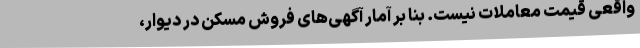
واقعی قیمت معاملات نیست. بنا بر آمار آگهی‌های فروش مسکن در دیوار،